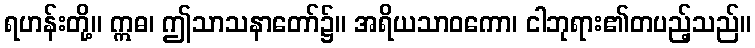
ရဟန်းတို့။ ဣဓ၊ ဤသာသနာတော်၌။ အရိယသာဝကော၊ ငါဘုရား၏တပည့်သည်။